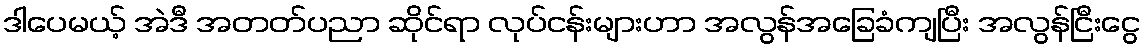
ဒါပေမယ့် အဲဒီ အတတ်ပညာ ဆိုင်ရာ လုပ်ငန်းများဟာ အလွန်အခြေခံကျပြီး အလွန်ငြီးငွေ